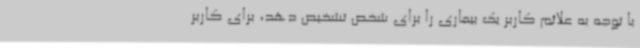
با توجه به علائم کاربر یک بیماری را برای شخص تشخیص دهد، برای کاربر